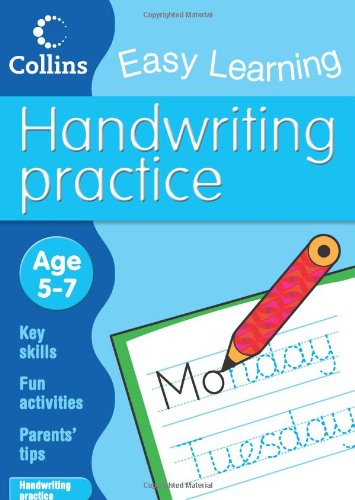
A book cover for Handwriting Practice (Collins Easy Learning Age 5-7); HarperCollins UK; Reference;